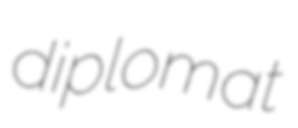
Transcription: diplomat